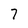
Character: 7